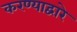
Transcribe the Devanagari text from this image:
करण्याद्वारे